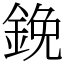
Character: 鋔